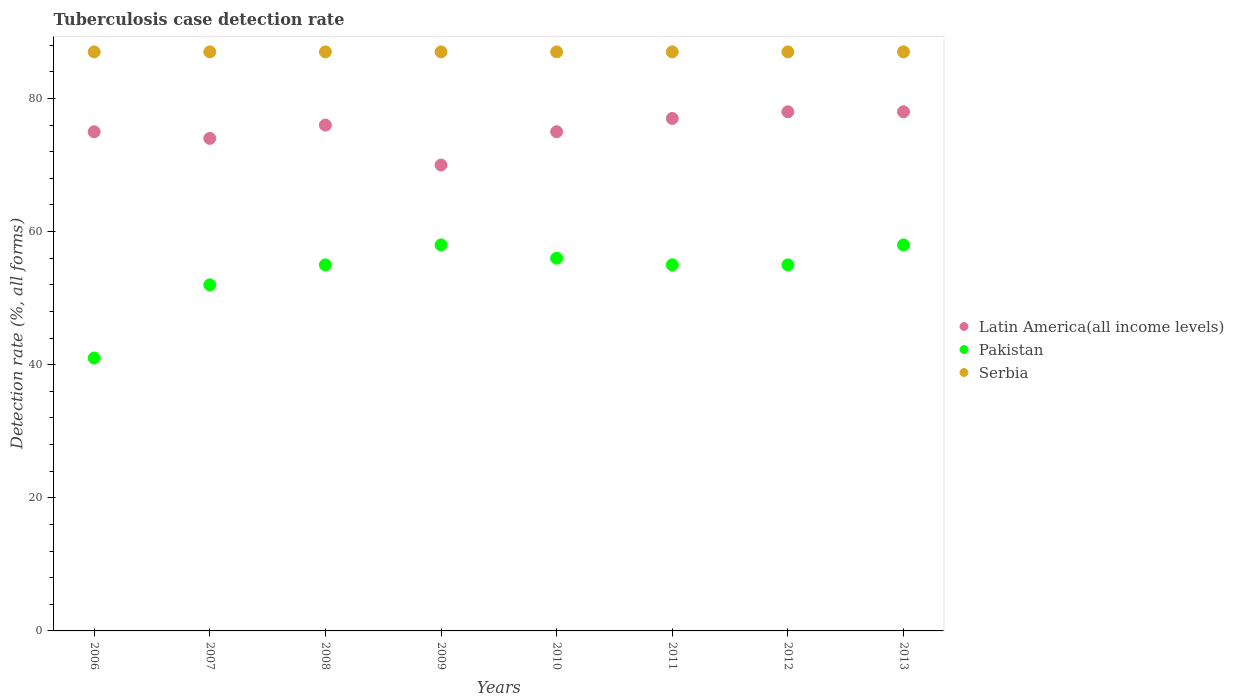
| Years | Latin America(all income levels) | Pakistan | Serbia |
 | --- | --- | --- | --- |
 | 2006 | 75 | 41 | 87 |
 | 2007 | 74 | 52 | 87 |
 | 2008 | 76 | 55 | 87 |
 | 2009 | 70 | 58 | 87 |
 | 2010 | 75 | 56 | 87 |
 | 2011 | 77 | 55 | 87 |
 | 2012 | 78 | 55 | 87 |
 | 2013 | 78 | 58 | 87 |